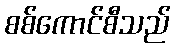
စစ်ကောင်စီသည်